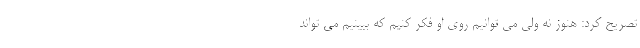
تصریح کرد: هنوز نه ولی می توانیم روی او فکر کنیم که ببینیم می تواند